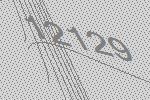
12129